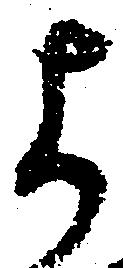
よ